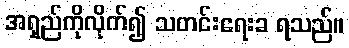
အရှည်ကိုလိုက်၍ သတင်းရေးခ ရသည်။